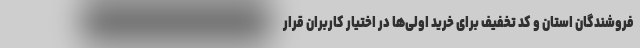
فروشندگان استان و کد تخفیف برای خرید اولی‌ها در اختیار کاربران قرار